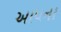
આપના